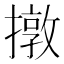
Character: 撴